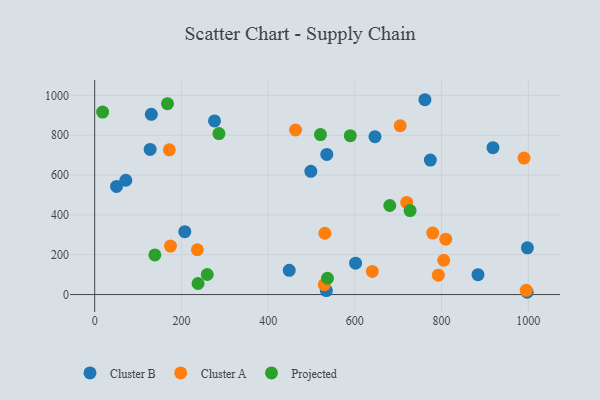
{"axis": {"x": "Experience", "y": "Salary"}, "legend": ["Cluster A", "Cluster B", "Projected"], "data": [{"x": "207.8", "y": 315.9, "type": "Cluster B"}, {"x": "601.7", "y": 157.7, "type": "Cluster B"}, {"x": "761.6", "y": 978.2, "type": "Cluster B"}, {"x": "646.4", "y": 792.8, "type": "Cluster B"}, {"x": "997.9", "y": 234.8, "type": "Cluster B"}, {"x": "50.4", "y": 543.1, "type": "Cluster B"}, {"x": "127.9", "y": 728.5, "type": "Cluster B"}, {"x": "535.3", "y": 703.7, "type": "Cluster B"}, {"x": "130.6", "y": 904.8, "type": "Cluster B"}, {"x": "534.3", "y": 19.9, "type": "Cluster B"}, {"x": "276.3", "y": 872.0, "type": "Cluster B"}, {"x": "448.7", "y": 121.5, "type": "Cluster B"}, {"x": "884.0", "y": 99.7, "type": "Cluster B"}, {"x": "71.8", "y": 574.0, "type": "Cluster B"}, {"x": "774.1", "y": 675.1, "type": "Cluster B"}, {"x": "498.5", "y": 618.7, "type": "Cluster B"}, {"x": "997.4", "y": 11.4, "type": "Cluster B"}, {"x": "918.5", "y": 737.3, "type": "Cluster B"}, {"x": "995.2", "y": 21.1, "type": "Cluster A"}, {"x": "530.9", "y": 307.7, "type": "Cluster A"}, {"x": "640.3", "y": 116.0, "type": "Cluster A"}, {"x": "990.2", "y": 685.2, "type": "Cluster A"}, {"x": "236.8", "y": 225.0, "type": "Cluster A"}, {"x": "529.3", "y": 49.2, "type": "Cluster A"}, {"x": "704.6", "y": 847.6, "type": "Cluster A"}, {"x": "719.7", "y": 462.3, "type": "Cluster A"}, {"x": "172.1", "y": 726.5, "type": "Cluster A"}, {"x": "779.5", "y": 308.7, "type": "Cluster A"}, {"x": "805.0", "y": 172.2, "type": "Cluster A"}, {"x": "809.7", "y": 278.1, "type": "Cluster A"}, {"x": "463.3", "y": 826.1, "type": "Cluster A"}, {"x": "174.8", "y": 243.2, "type": "Cluster A"}, {"x": "792.5", "y": 97.1, "type": "Cluster A"}, {"x": "238.3", "y": 55.4, "type": "Projected"}, {"x": "138.8", "y": 198.9, "type": "Projected"}, {"x": "520.7", "y": 803.4, "type": "Projected"}, {"x": "167.9", "y": 958.6, "type": "Projected"}, {"x": "589.5", "y": 797.6, "type": "Projected"}, {"x": "727.4", "y": 421.8, "type": "Projected"}, {"x": "18.3", "y": 916.0, "type": "Projected"}, {"x": "680.6", "y": 447.0, "type": "Projected"}, {"x": "286.5", "y": 808.0, "type": "Projected"}, {"x": "536.9", "y": 81.9, "type": "Projected"}, {"x": "259.6", "y": 100.7, "type": "Projected"}]}